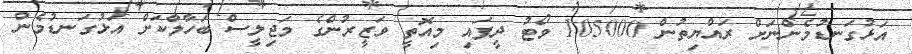
އަޅުގަނޑުމެންނަށް ރައްޔިތުން 105000 ވޯޓު ދީފައި މިއޮތީ ވަޒީރުންގެ މަޖިލީސް ބަހާލާކަށް އަޅުގަނޑުމެން